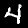
Label: 4